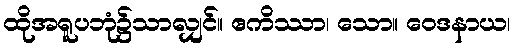
ထိုအရူပဘုံ၌သာလျှင်။ ဧကိဿာ၊ သော။ ဝေဒနာယ၊